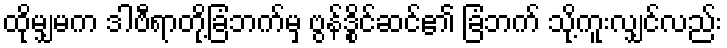
ထိုမျှမက ဒါဗီရာတို့ခြံဘက်မှ ဗွန်ဒွိုင်ဆင်၏ ခြံဘက် သို့ကူးလျှင်လည်း